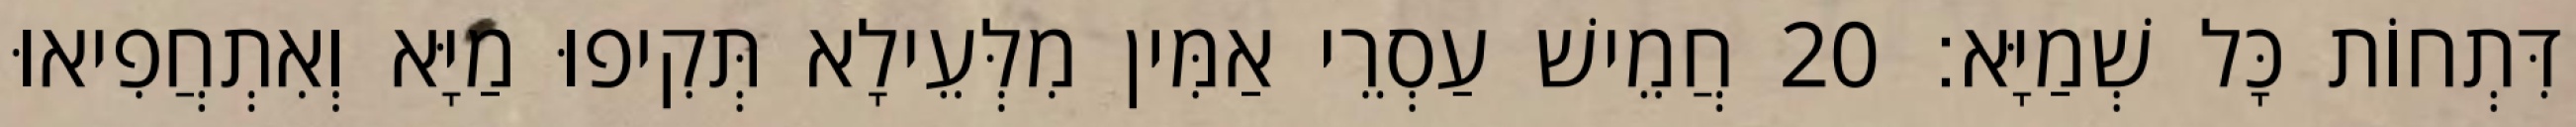
דִּתְחוֹת כָּל שְׁמַיָּא׃ 20 חֲמֵישׁ עַסְרֵי אַמִּין מִלְּעֵילָא תְּקִיפוּ מַיָּא וְאִתְחֲפִיאוּ